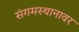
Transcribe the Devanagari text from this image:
संगमस्थानावर